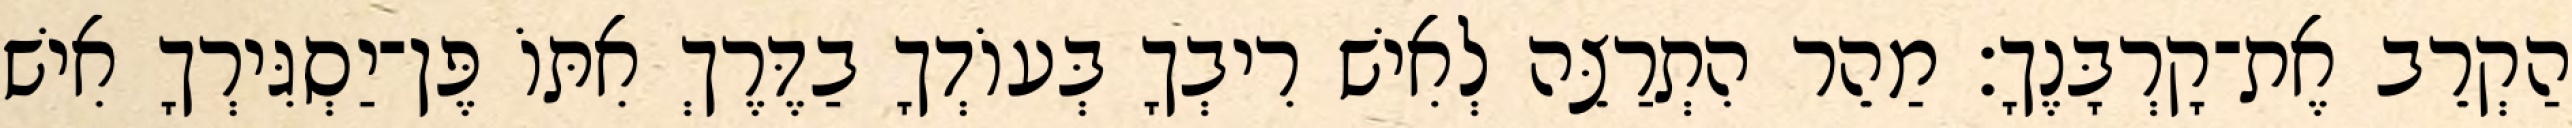
הַקְרֵב אֶת־קָרְבָּנֶךָ׃ מַהֵר הִתְרַצֵּה לְאִישׁ רִיבְךָ בְּעוֹדְךָ בַדֶּרֶךְ אִתּוֹ פֶּן־יַסְגִּירְךָ אִישׁ